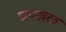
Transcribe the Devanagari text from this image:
चपखळ